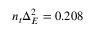
n _ { t } \Delta _ { E } ^ { 2 } = 0 . 2 0 8